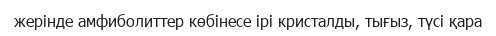
жерінде амфиболиттер көбінесе ірі кристалды, тығыз, түсі қара